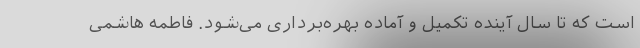
است که تا سال آینده تکمیل و آماده بهره‌برداری می‌شود. فاطمه هاشمی